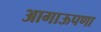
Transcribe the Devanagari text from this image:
आगाऊपणा